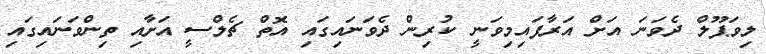
ލިވަޕޫލް ދެވަނަ އަށް އަރާފައިމިވަނީ ކުރިން ދެވަނައިގައި އޮތް ޗެލްސީ އަށާއި ތިންވަނައިގައި